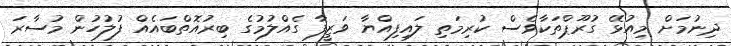
ދިނުމަށް މިއުޅޭ ގުރޫޕްތަކާވެސް ކުރިމަތި ލައިފިއްޔާ ވަޒީފާ ގެއްލުމުގެ ބިރުއޮތްބައެއް ފުލުހުން މުސާރަ